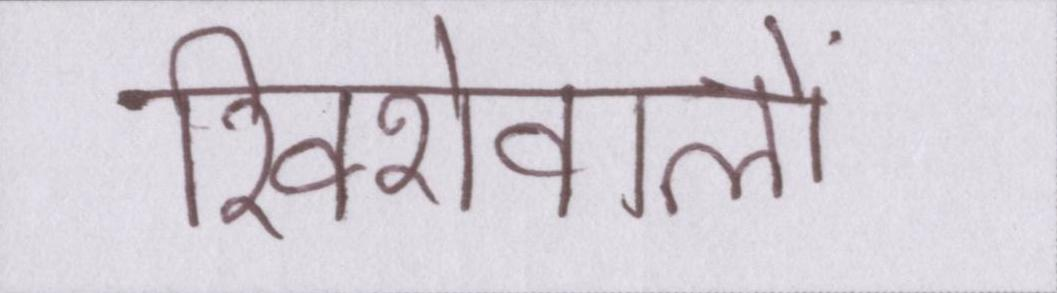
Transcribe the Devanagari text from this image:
रिक्शेवालों